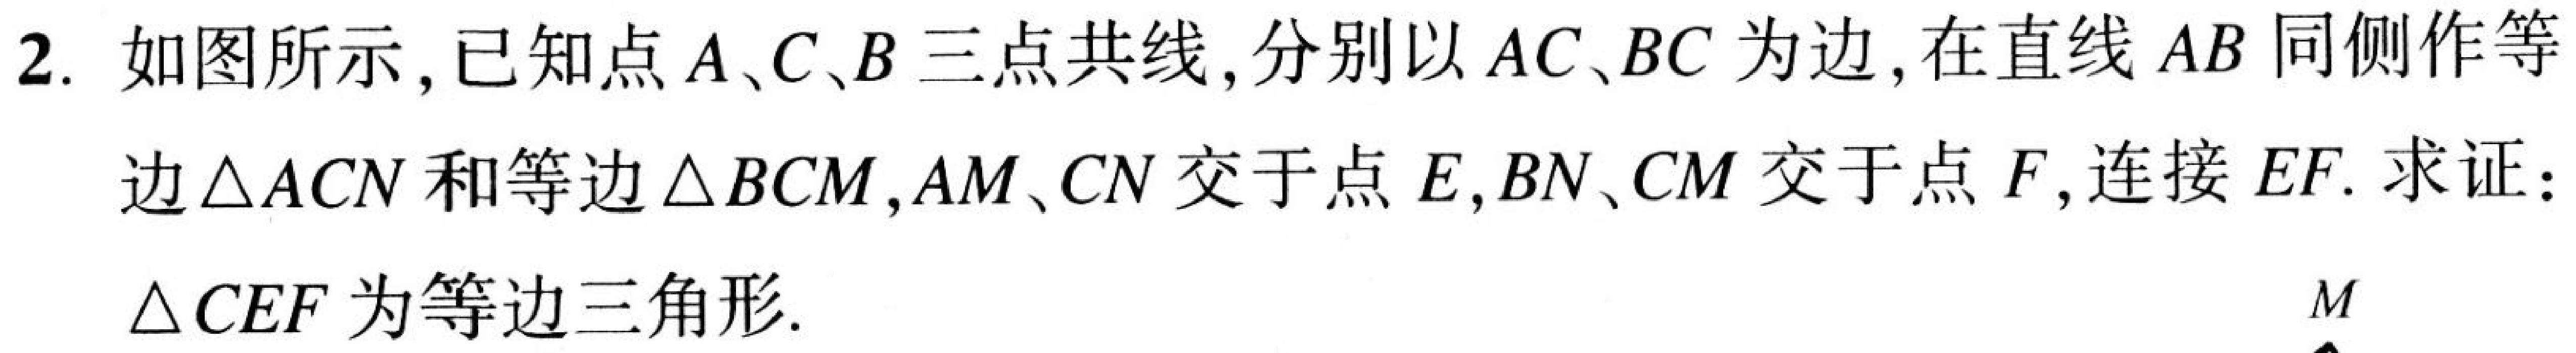
2. 如图所示,已知点\(A、C、B\)三点共线,分别以\(AC、BC\)为边,在直线\(AB\)同侧作等边\(\triangle ACN\)和等边\(\triangle BCM\),\(AM、CN\)交于点\(E\),\(BN、CM\)交于点\(F\),连接\(EF\). 求证: \(\triangle CEF\)为等边三角形.